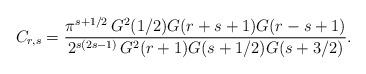
LaTeX: \begin{align*}C_{r,s}=\frac{\pi^{s+1/2}\, G^2(1/2)G(r+s+1)G(r-s+1)}{2^{s(2s-1)}\,G^2(r+1)G(s+1/2) G(s+3/2)}.\end{align*}